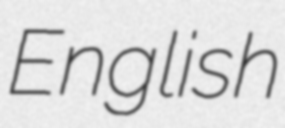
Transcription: English